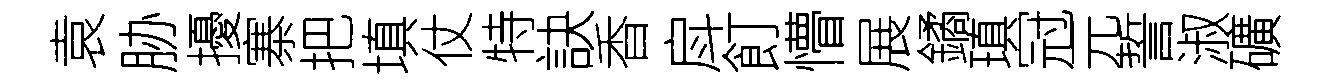
袁胁擾寨把填仗特訣香戽飣懵展鐍瑱冠元誓淑礦